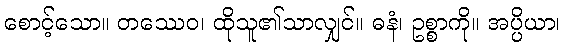
စောင့်သော။ တဿေဝ၊ ထိုသူ၏သာလျှင်။ ဓနံ၊ ဥစ္စာကို။ အပ္ပိယာ၊